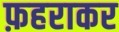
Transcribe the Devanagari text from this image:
फ़हराकर